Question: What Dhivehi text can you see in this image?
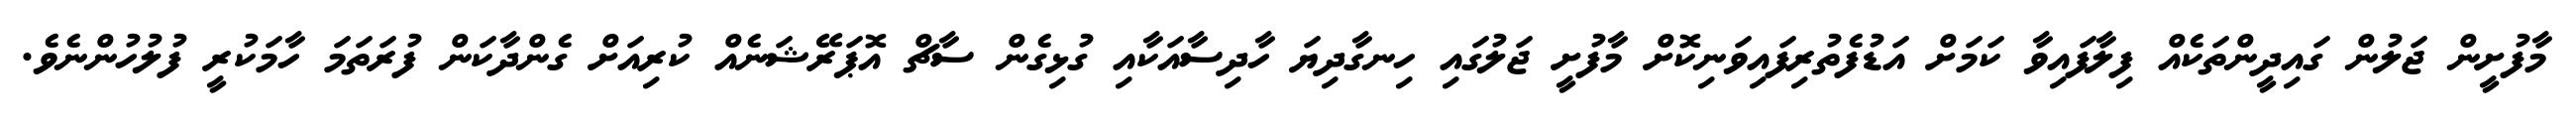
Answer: މާފުށީން ޖަލުން ގައިދީންތަކެއް ފިލާފައިވާ ކަމަށް އަޑުފެތުރިފައިވަނިކޮށް މާފުށީ ޖަލުގައި ހިނގާދިޔަ ހާދިސާއަކާއި ގުޅިގެން ސާޗް އޮޕަރޭޝަނެއް ކުރިއަށް ގެންދާކަން ފުރަތަމަ ހާމަކުރީ ފުލުހުންނެވެ.